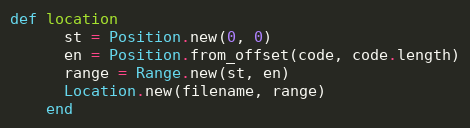
Language: Ruby
def location
      st = Position.new(0, 0)
      en = Position.from_offset(code, code.length)
      range = Range.new(st, en)
      Location.new(filename, range)
    end